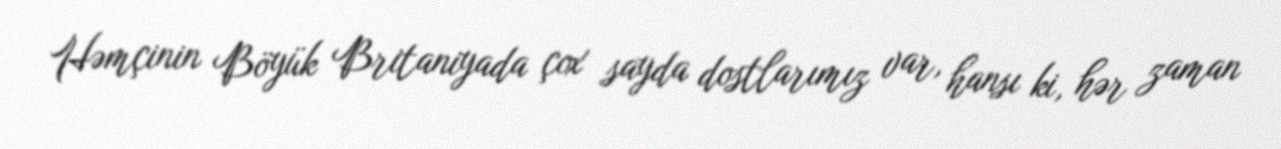
Həmçinin Böyük Britaniyada çox sayda dostlarımız var, hansı ki, hər zaman